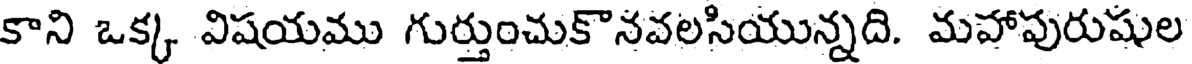
కాని ఒక్క విషయము గుర్తుంచుకొనవలసియున్నది. మహాపురుషుల